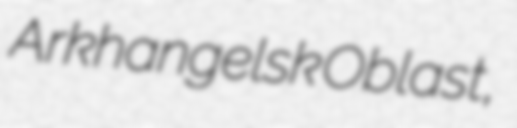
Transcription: Arkhangelsk Oblast,